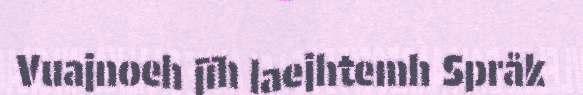
Vuajnoeh jïh laejhtemh Språk